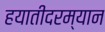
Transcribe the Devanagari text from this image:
हयातीदरम्यान